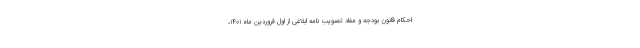
احکام قانون بودجه و مفاد تصویب نامه ابلاغی از اول فروردین ماه ۱۴۰۱،